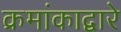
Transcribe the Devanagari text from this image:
क्रमांकाद्वारे